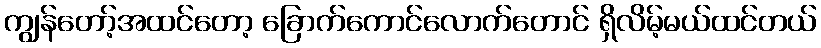
ကျွန်တော့်အထင်တော့ ခြောက်ကောင်လောက်တောင် ရှိလိမ့်မယ်ထင်တယ်